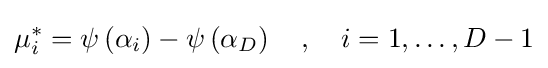
\mu _{i}^{*}=\psi \left(\alpha _{i}\right)-\psi \left(\alpha _{D}\right)\quad ,\quad i=1,\ldots ,D-1